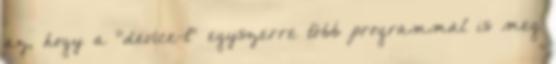
az, hogy a "device-t" egyszerre több programmal is meg